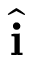
\hat { \mathbf { i } }